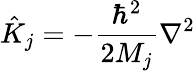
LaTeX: {\hat{K}}_{j}=-\frac{\hbar^{2}}{2M_{j}}\nabla^{2}